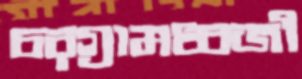
চরগ্রামধ্বজী